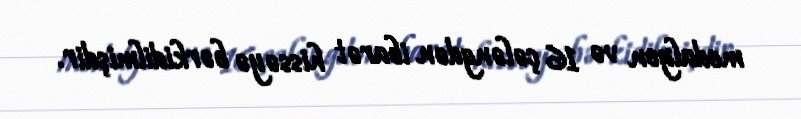
medalyon və 16 çələngdən ibarət hissəyə bərkidilmişdir.